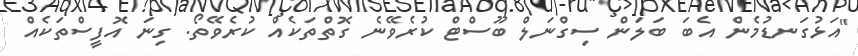
"އަޅުގަނޑުމެން އެބަ ބަލަން ސިގްނަލް ބޫސްޓް ކުރެވޭނެ ގޮތްތަކެއް ކުރެވޭތޯ. ގިނަ އޮފީސްތަކެއް